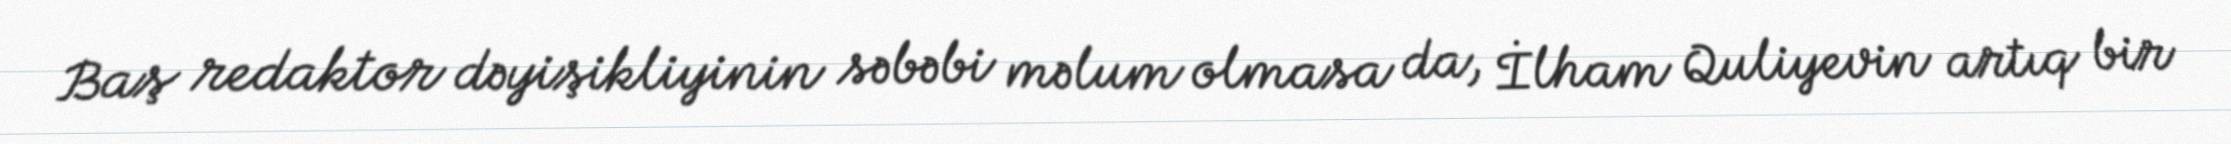
Baş redaktor dəyişikliyinin səbəbi məlum olmasa da, İlham Quliyevin artıq bir